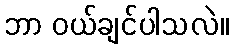
ဘာ ဝယ်ချင်ပါသလဲ။